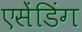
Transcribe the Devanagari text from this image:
एसेंडिंग